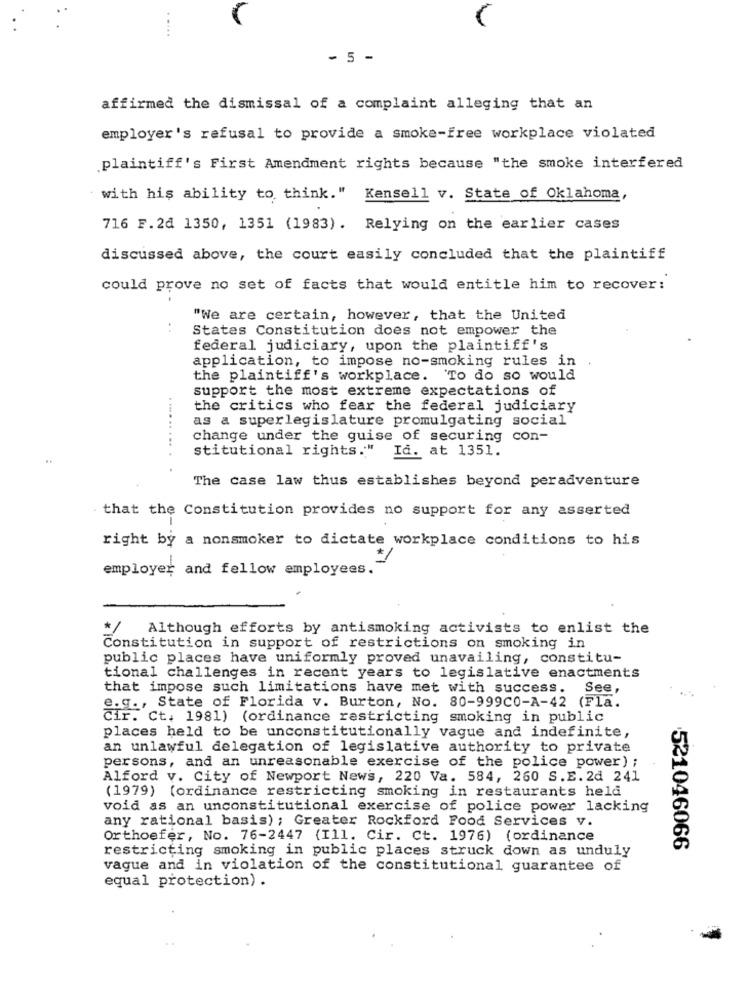
- 5 -
affirmed the dismissal of a complaint alleging that an
employer's refusal to provide a smoke-free workplace violated
plaintiff's First Amendment rights because "the smoke interfered
with his ability to think." Kensell v. State of Oklahoma,
716 F.2d 1350, 1351 (1983). Relying on the earlier cases
discussed above, the court easily concluded that the plaintiff
could prove no set of facts that would entitle him to recover:
"We are certain, however, that the United
States Constitution does not empower the
federal judiciary, upon the plaintiff's
application, to impose no-smoking rules in
the plaintiff's workplace. To do so would
support the most extreme expectations of
the critics who fear the federal judiciary
as a superlegislature promulgating social
change under the guise of securing con-
stitutional rights." Id. at 1351.
The case law thus establishes beyond peradventure
that the Constitution provides no support for any asserted
right by a nonsmoker to dictate workplace conditions to his
employer and fellow employees.
*/ Although efforts by antismoking activists to enlist the
Constitution in support of restrictions on smoking in
public places have uniformly proved unavailing, constitu-
tional challenges in recent years to legislative enactments
that impose such limitations have met with success. See,
e.g ., State of Florida v. Burton, No. 80-999C0-A-42 (Fla.
Cir. Ct. 1981) (ordinance restricting smoking in public
places held to be unconstitutionally vague and indefinite,
an unlawful delegation of legislative authority to private
persons, and an unreasonable exercise of the police power) ;
Alford v. City of Newport News, 220 Va. 584, 260 S.E. 2d 241
(1979) (ordinance restricting smoking in restaurants held
void as an unconstitutional exercise of police power lacking
any rational basis); Greater Rockford Food Services v.
Orthoefer, No. 76-2447 (Ill. Cir. Ct. 1976) (ordinance
restricting smoking in public places struck down as unduly
521046066
vague and in violation of the constitutional guarantee of
equal protection) .